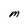
Character: M